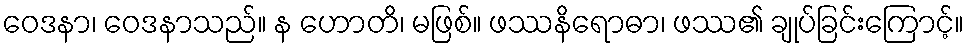
ဝေဒနာ၊ ဝေဒနာသည်။ န ဟောတိ၊ မဖြစ်။ ဖဿနိရောဓာ၊ ဖဿ၏ ချုပ်ခြင်းကြောင့်။